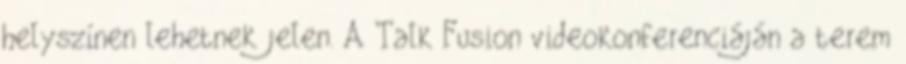
helyszínen lehetnek jelen. A Talk Fusion videokonferenciáján a terem